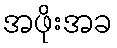
အဖိုးအခ